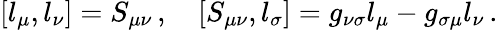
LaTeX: [l_{\mu},l_{\nu}]=S_{\mu\nu}\, ,\quad[S_{\mu\nu},l_{\sigma}]=g_{\nu\sigma}l_{\mu}-g_{\sigma\mu}l_{\nu}\, .